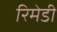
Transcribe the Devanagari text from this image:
रिमेडी